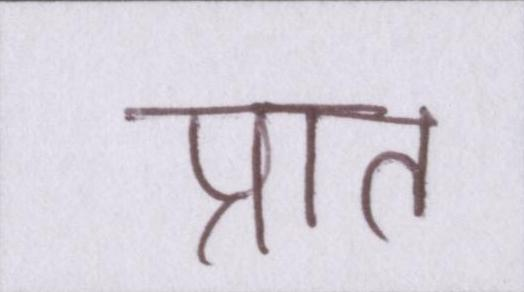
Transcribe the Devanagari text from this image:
प्रात